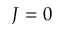
J = 0